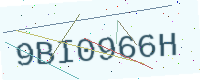
Text: 9BI0966H